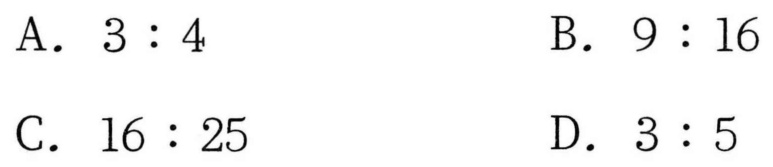
A. \(3:4\)
B. \(9:16\)
C. \(16:25\)
D. \(3:5\)